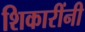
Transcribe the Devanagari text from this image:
शिकारींनी